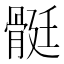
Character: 䯕